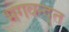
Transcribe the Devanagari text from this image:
भगवन्द्त